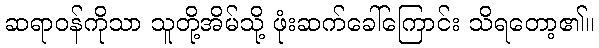
ဆရာဝန်ကိုသာ သူတို့အိမ်သို့ ဖုံးဆက်ခေါ်ကြောင်း သိရတော့၏။